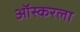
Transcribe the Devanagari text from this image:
ऑस्करला